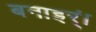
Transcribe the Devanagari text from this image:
बनाइर्ं।